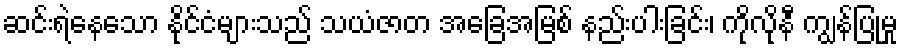
ဆင်းရဲနေသော နိုင်ငံများသည် သယံဇာတ အခြေအမြစ် နည်းပါးခြင်း၊ ကိုလိုနီ ကျွန်ပြုမှု